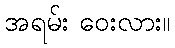
အရမ်း ဝေးလား။